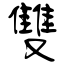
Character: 雙